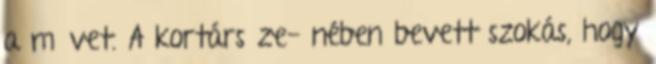
a művet. A kortárs ze- nében bevett szokás, hogy